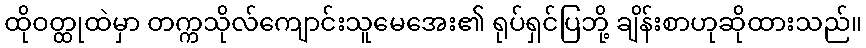
ထိုဝတ္ထုထဲမှာ တက္ကသိုလ်ကျောင်းသူမေအေး၏ ရုပ်ရှင်ပြဘို့ ချိန်းစာဟုဆိုထားသည်။